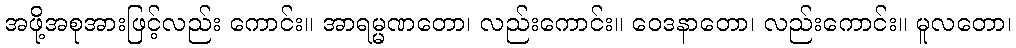
အဖို့အစုအားဖြင့်လည်း ကောင်း။ အာရမ္မဏတော၊ လည်းကောင်း။ ဝေဒနာတော၊ လည်းကောင်း။ မူလတော၊